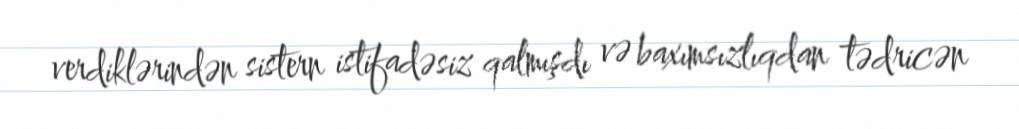
verdiklərindən sistern istifadəsiz qalmışdı və baxımsızlıqdan tədricən